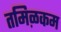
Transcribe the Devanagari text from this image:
तमिऴकम